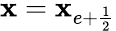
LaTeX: \mathbf{x}=\mathbf{x}_{e+\frac{{1}}{{2}}}